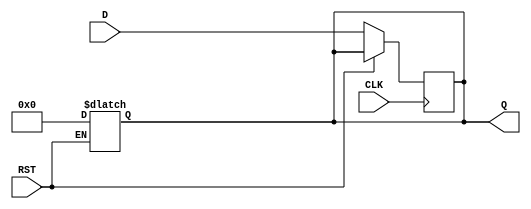
module intermediate_register #(
    parameter WIDTH = 8 // Adjustable width of the register
) (
    input  wire [WIDTH-1:0] D,     // Data Input
    input  wire CLK,                // Clock Input
    input  wire RST,                // Reset Input
    output reg  [WIDTH-1:0] Q       // Data Output
);
    
    // Asynchronous reset functionality
    always @(*) begin
        if (RST) begin
            Q <= {WIDTH{1'b0}}; // Clear the register (set to zero)
        end
    end
    
    // Capture data on the rising edge of the clock
    always @(posedge CLK) begin
        if (!RST) begin
            Q <= D; // Store input data D in Q
        end
    end

endmodule